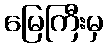
မြေကြီးမှ